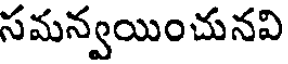
సమన్వయించునవి